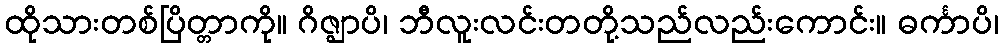
ထိုသားတစ်ပြိတ္တာကို။ ဂိဇ္ဈာပိ၊ ဘီလူးလင်းတတို့သည်လည်းကောင်း။ ဓင်္ကာပိ၊